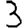
Digit: 3